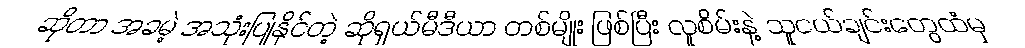
ဆိုတာ အခမဲ့ အသုံးပြုနိုင်တဲ့ ဆိုရှယ်မီဒီယာ တစ်မျိုး ဖြစ်ပြီး လူစိမ်းနဲ့ သူငယ်ချင်းတွေထံမှ